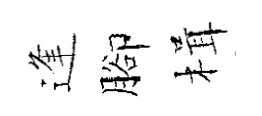
逢腳楫